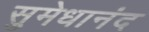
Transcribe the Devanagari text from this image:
सुमेधानंद